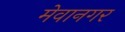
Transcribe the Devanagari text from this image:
मेवानगर